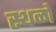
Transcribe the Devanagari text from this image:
स्थळो